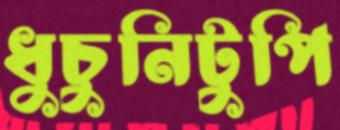
ধুচুনিটুপি